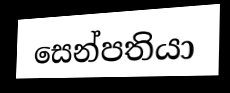
සෙන්පතියා